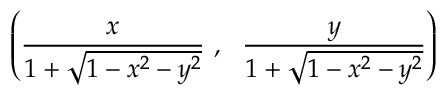
\left( { \frac { x } { 1 + { \sqrt { 1 - x ^ { 2 } - y ^ { 2 } } } } } \ , \ \ { \frac { y } { 1 + { \sqrt { 1 - x ^ { 2 } - y ^ { 2 } } } } } \right)